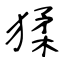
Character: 猱